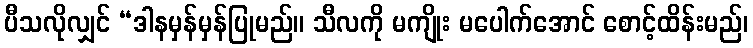
ပီသလိုလျှင် “ဒါနမှန်မှန်ပြုမည်။ သီလကို မကျိုး မပေါက်အောင် စောင့်ထိန်းမည်၊